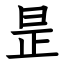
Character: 昰